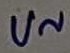
Text: U~